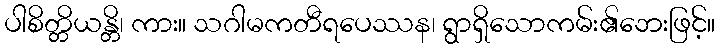
ပါစိတ္တိယန္တိ၊ ကား။ သဂါမကတီရပေဿန၊ ရွာရှိသောကမ်း၏ဘေးဖြင့်။